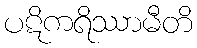
ပဋိကရိဿာမီတိ